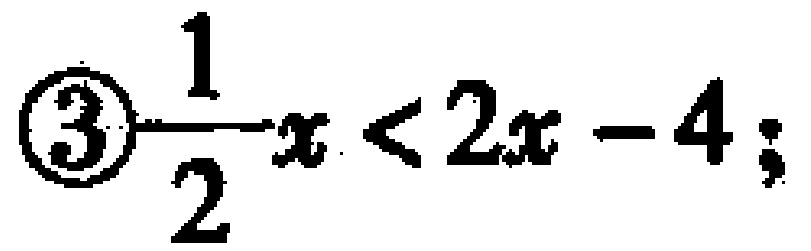
\(\textcircled{3}\frac{1}{2}x < 2x - 4;\)